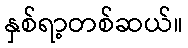
နှစ်ရာ့တစ်ဆယ်။